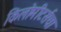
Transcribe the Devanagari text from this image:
किलोमीटर्सचा